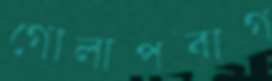
গোলাপবাগ